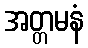
အတ္တမနံ